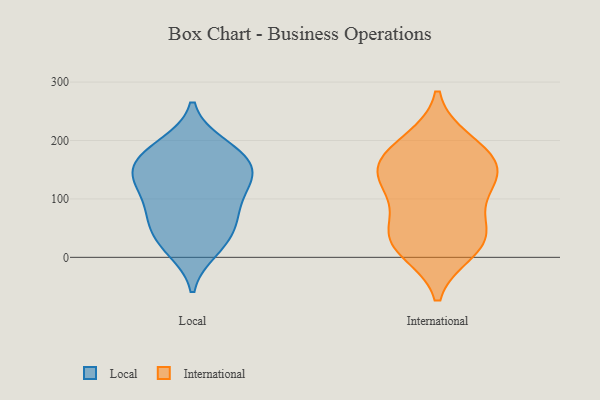
{"axis": {"x": "Gross Profit (USD K)", "y": "Value"}, "legend": ["International", "Local"], "data": [{"x": "", "y": 135, "type": "Local"}, {"x": "", "y": 20, "type": "Local"}, {"x": "", "y": 173, "type": "Local"}, {"x": "", "y": 13, "type": "Local"}, {"x": "", "y": 36, "type": "Local"}, {"x": "", "y": 189, "type": "Local"}, {"x": "", "y": 193, "type": "Local"}, {"x": "", "y": 103, "type": "Local"}, {"x": "", "y": 69, "type": "Local"}, {"x": "", "y": 154, "type": "Local"}, {"x": "", "y": 125, "type": "Local"}, {"x": "", "y": 160, "type": "Local"}, {"x": "", "y": 121, "type": "Local"}, {"x": "", "y": 68, "type": "Local"}, {"x": "", "y": 65, "type": "Local"}, {"x": "", "y": 152, "type": "Local"}, {"x": "", "y": 118, "type": "International"}, {"x": "", "y": 16, "type": "International"}, {"x": "", "y": 45, "type": "International"}, {"x": "", "y": 147, "type": "International"}, {"x": "", "y": 103, "type": "International"}, {"x": "", "y": 189, "type": "International"}, {"x": "", "y": 156, "type": "International"}, {"x": "", "y": 11, "type": "International"}, {"x": "", "y": 140, "type": "International"}, {"x": "", "y": 199, "type": "International"}, {"x": "", "y": 162, "type": "International"}, {"x": "", "y": 41, "type": "International"}, {"x": "", "y": 40, "type": "International"}]}